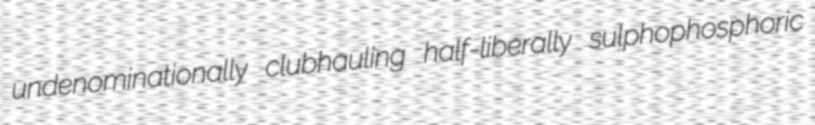
undenominationally clubhauling half-liberally sulphophosphoric